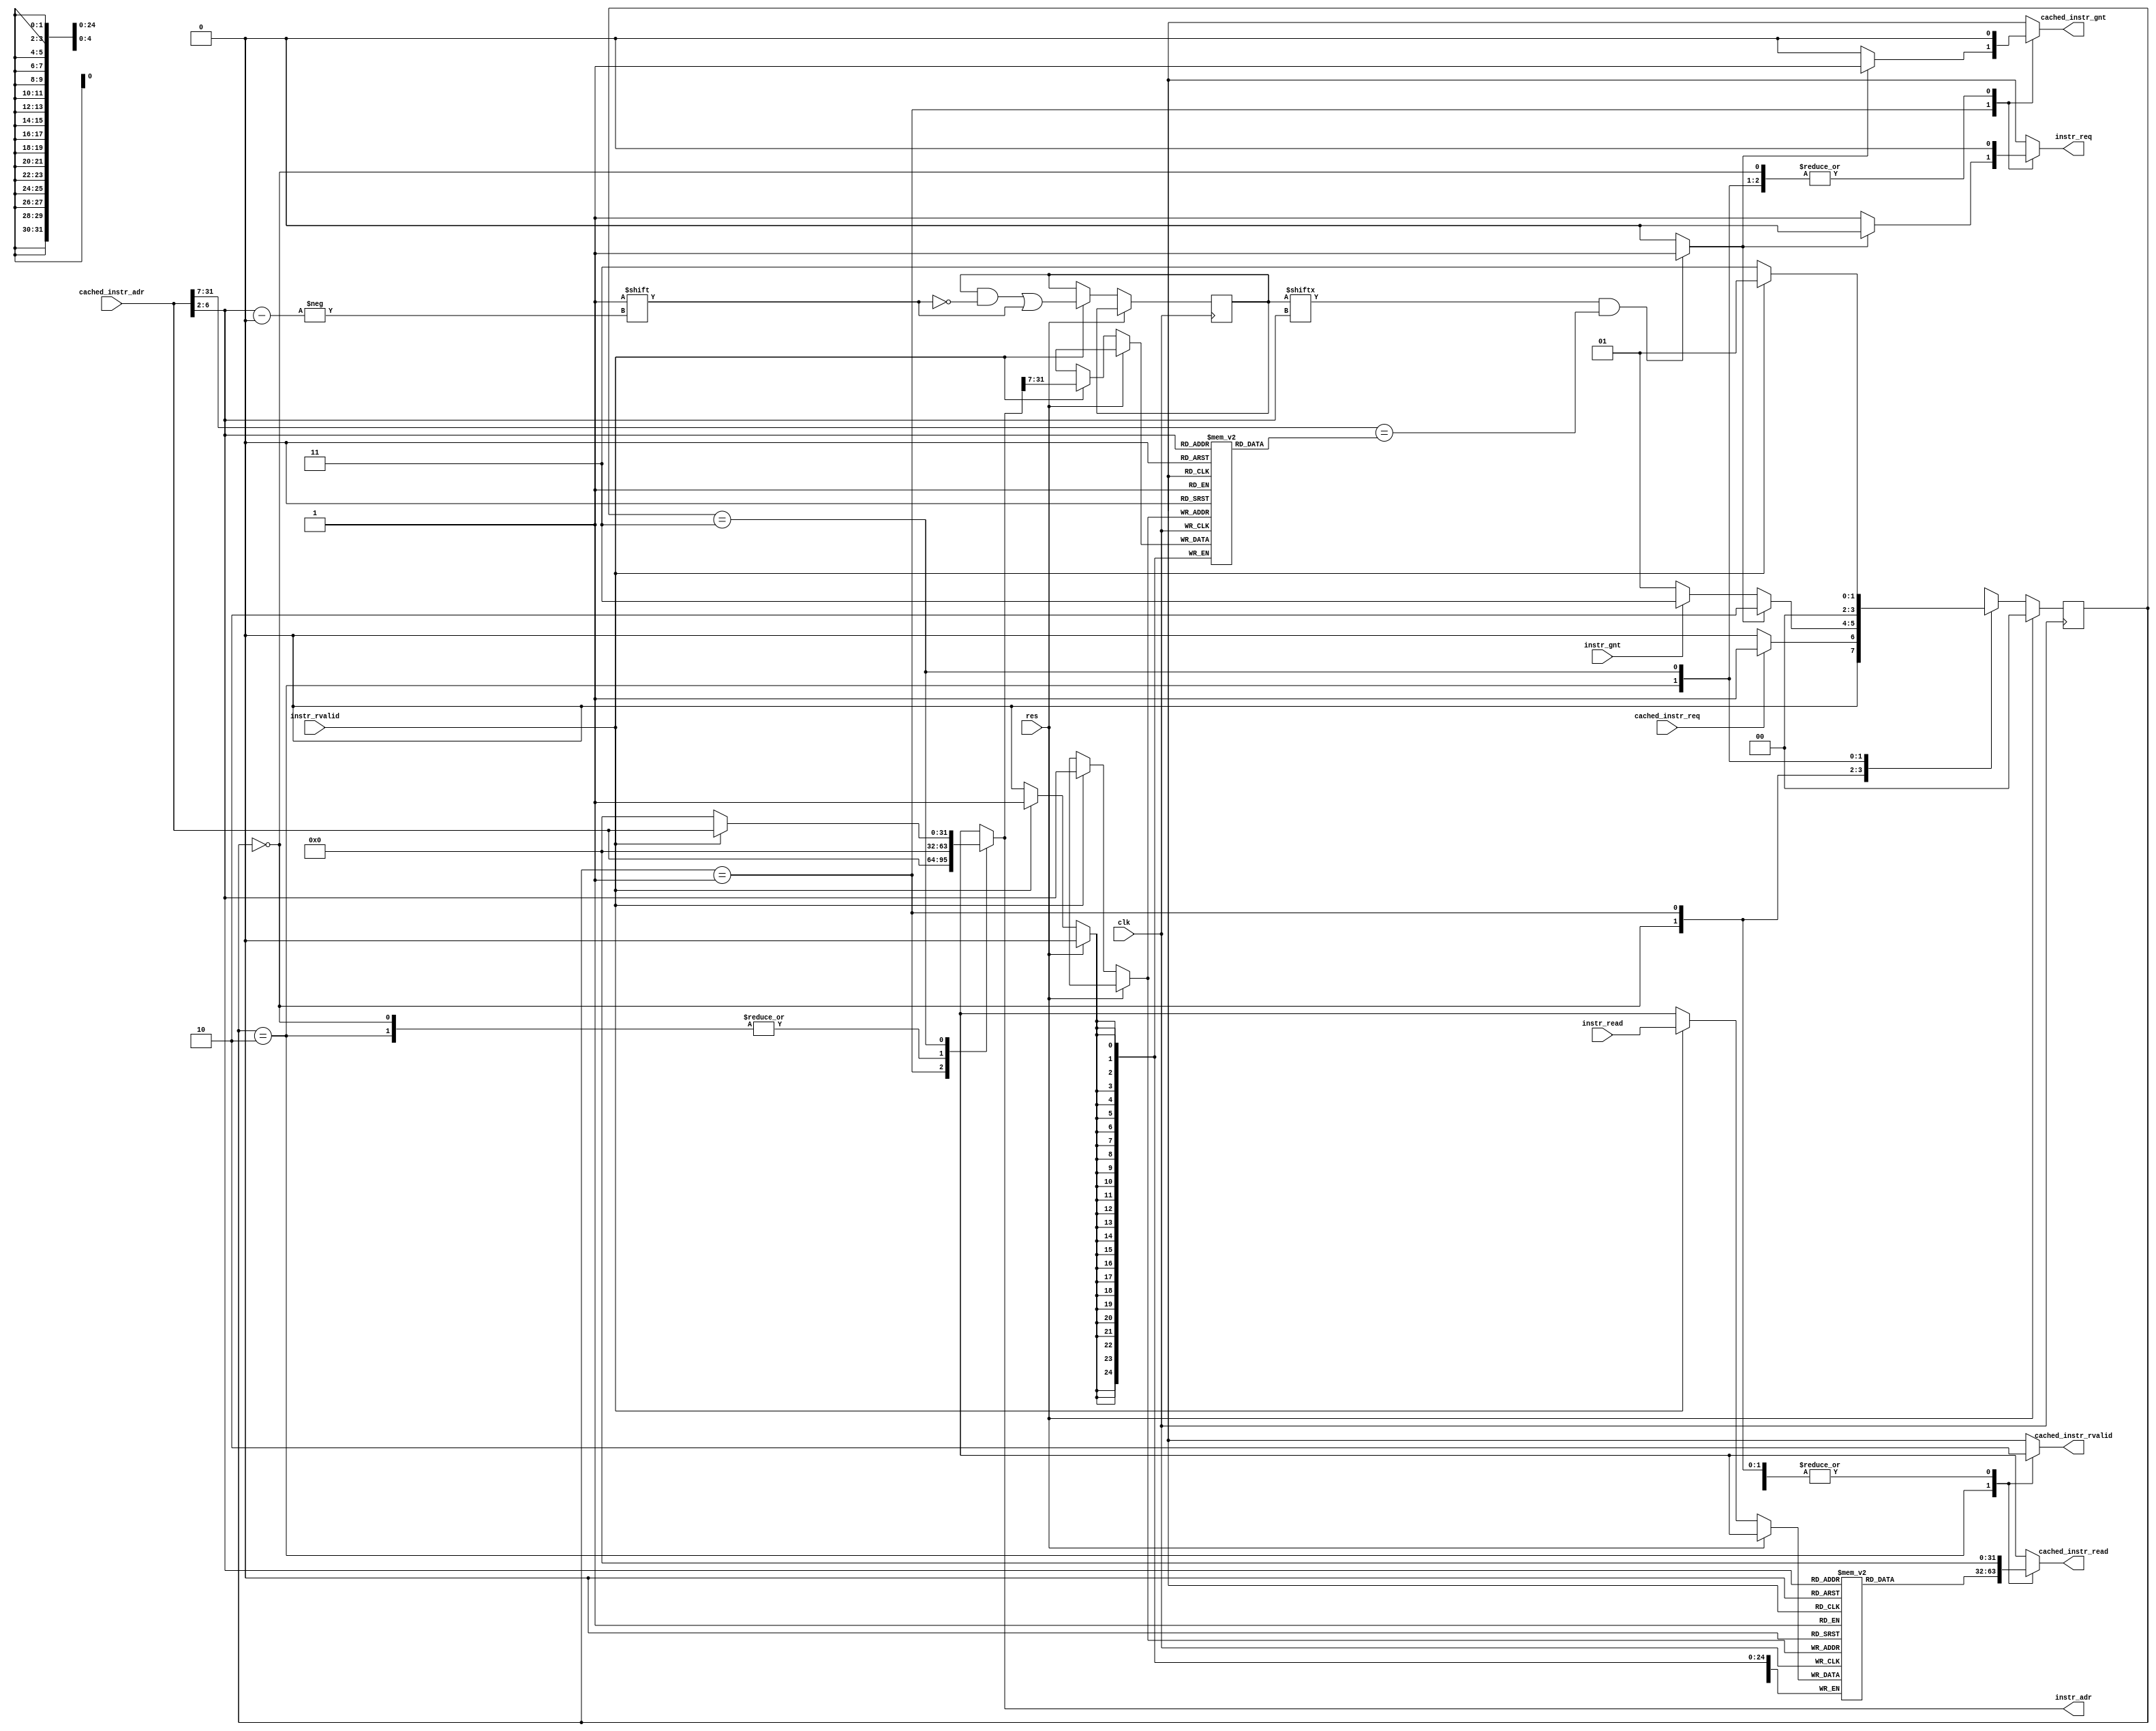
module instr_cache
#(
parameter LOG_SIZE=5
)
(
input clk,
input res,
// Interface between processor and cache
input cached_instr_req,
input [31:0] cached_instr_adr,
output reg cached_instr_gnt,
output reg cached_instr_rvalid,
output reg [31:0] cached_instr_read,
// Interface between Cache and main memory
output reg instr_req,
output reg [31:0] instr_adr,
input instr_gnt,
input instr_rvalid,
input [31:0] instr_read
);

// Cache registers
reg [31 : 0] lines [(2 ** LOG_SIZE) - 1 : 0]; // Data inside the cache (1 word each)
reg [30 - LOG_SIZE - 1 : 0] tags [(2 ** LOG_SIZE) - 1 : 0]; // We are choosing only from 30 bits (so subtract size of Index)
reg [(2 ** LOG_SIZE) - 1 : 0] valids;

// Wires
wire hit;
wire [30 - LOG_SIZE - 1 : 0] tag;
wire [LOG_SIZE - 1 : 0] index;

// Assignments
assign index = cached_instr_adr[LOG_SIZE + 1 : 2];
assign tag = cached_instr_adr[31 : LOG_SIZE + 2];
assign hit = (valids[index] == 1'b1 && tag == tags[index]) ? 1 : 0;

// Process to keep data inside cache
always @(posedge clk) begin
    if (res == 1'b1)
        valids = {2**LOG_SIZE{1'b0}};
    else
        if (instr_rvalid == 1'b1) begin
            lines[index] <= instr_read;
            tags[index] <= instr_adr[31 : LOG_SIZE + 2]; // A bit of confusion for now (can also be tag)
            valids[index] <= 1'b1;
        end     
end

// Time Sequence controlled State machines here

// --------------------------------------------------------
// STATE TRANSITION LOGIC
// --------------------------------------------------------

localparam STATE_NUM = 4;
localparam STATE_BITS = 2;

localparam STATE_IDLE = 2'b00;
localparam STATE_LOOKUP = 2'b01;
localparam STATE_GIVE_INSTR = 2'b10;
localparam STATE_MEM_FILL = 2'b11;

reg [STATE_BITS-1:0] currentState, nextState;

always @(currentState, cached_instr_req, instr_gnt, instr_rvalid, hit, cached_instr_adr, index) begin
//always @(currentState, cached_instr_req, instr_gnt, instr_rvalid, hit, cached_instr_adr) begin

    cached_instr_gnt = 1'b0;
    cached_instr_rvalid = 1'b0;
    cached_instr_read = 'b0;
    instr_req = 1'b0;
    instr_adr = 'b0;
    
    case(currentState)
        STATE_IDLE: begin
            if (cached_instr_req) nextState = STATE_LOOKUP;
            else nextState = STATE_IDLE;
        end

        STATE_LOOKUP: begin

            if (hit == 1'b1) begin
                cached_instr_gnt = 1'b1;
                instr_adr = cached_instr_adr;

                nextState = STATE_GIVE_INSTR; // cache hit: flush

            end else begin // cache miss : request main memory for the instruction
                instr_req = 1'b1;
                instr_adr = cached_instr_adr;

                if (instr_gnt) nextState = STATE_MEM_FILL;
                else nextState = STATE_LOOKUP;
            end
        end

        STATE_GIVE_INSTR: begin
            cached_instr_rvalid = 1'b1;
            cached_instr_read = lines[index]; 
            nextState = STATE_IDLE;
        end

        STATE_MEM_FILL: begin
            if (instr_rvalid) begin
                instr_adr = cached_instr_adr;

                nextState = STATE_LOOKUP;
            end
            else nextState = STATE_MEM_FILL;
        end

        default: begin
            nextState = STATE_IDLE;
            cached_instr_gnt = 1'b0;
            cached_instr_rvalid = 1'b0;
            cached_instr_read = 'b0;
            instr_req = 1'b0;
            instr_adr = 'b0; 
        end

    endcase
end


always @(posedge clk) begin
    if (res == 1'b1) currentState <= STATE_IDLE;
    else currentState <= nextState;
end

endmodule